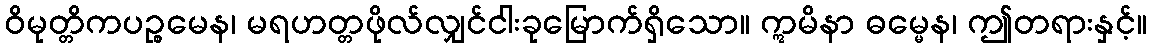
ဝိမုတ္တိကပဉ္စမေန၊ မရဟတ္တဖိုလ်လျှင်ငါးခုမြောက်ရှိသော။ ဣမိနာ ဓမ္မေန၊ ဤတရားနှင့်။